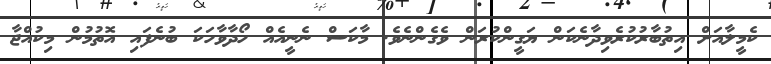
ކެމީލާއަށް އިތުބާރުކުރެވިދާނެކަން ޔަގީންކުރަން ވެގެންނެވެ. މާކަސް ނެނީއެއް ހޯދާވާހަކަ ބުނެފައި އޮތުމުން މިކުއްޖާ